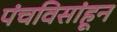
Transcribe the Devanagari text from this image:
पंचविसांहून